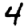
Digit: 4